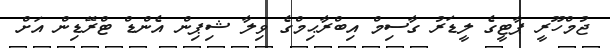
ޖުމްހޫރީ ޕާޓީގެ ލީޑަރު ގާސިމް އިބްރާޙިމްގެ ވިލާ ޝިޕިން އެންޑް ޓްރޭޑިން އަށް